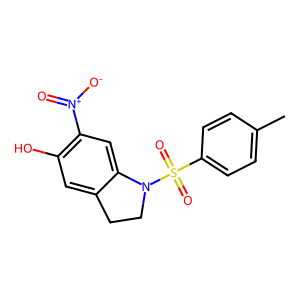
SMILES: Cc1ccc(S(=O)(=O)N2CCc3cc(O)c([N+](=O)[O-])cc32)cc1
Inhibits HIV replication: No